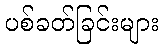
ပစ်ခတ်ခြင်းများ